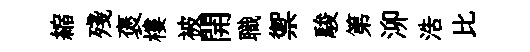
縮殘褒樓被開職禦駿第泖浩比